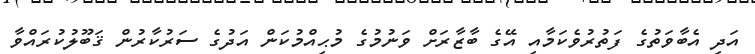
އަދި އެބާވަތުގެ ފަތުރުވެކަމާއި އޭގެ ބާޒާރަށް ވަނުމުގެ މުޙިއްމުކަން އަދުގެ ސަރުކާރުން ޤަބޫލުކުރައްވާ